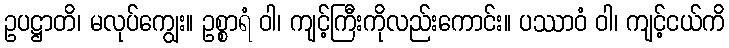
ဥပဋ္ဌာတိ၊ မလုပ်ကျွေး။ ဥစ္စာရံ ဝါ၊ ကျင့်ကြီးကိုလည်းကောင်း။ ပဿာဝံ ဝါ၊ ကျင့်ငယ်ကိ